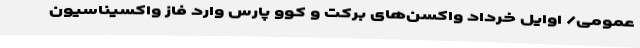
عمومی/ اوایل خرداد واکسن‌های برکت و کوو پارس وارد فاز واکسیناسیون